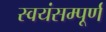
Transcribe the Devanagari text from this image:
स्वयंसम्पूर्ण